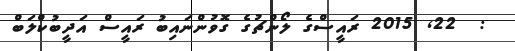
:  22